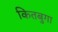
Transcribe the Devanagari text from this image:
कितबुगा